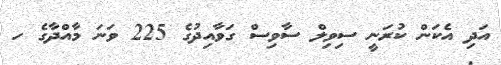
އަދި އެކަން ކުރަނީ ސިވިލް ސާވިސް ގަވާއިދުގެ 225 ވަނަ މާއްދާގެ ހ